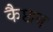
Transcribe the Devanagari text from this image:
कैप्टान